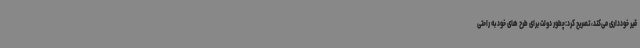
قیر ‌خودداری می‌کند، تصریح کرد:چطور دولت برای طرح های خود به راحتی